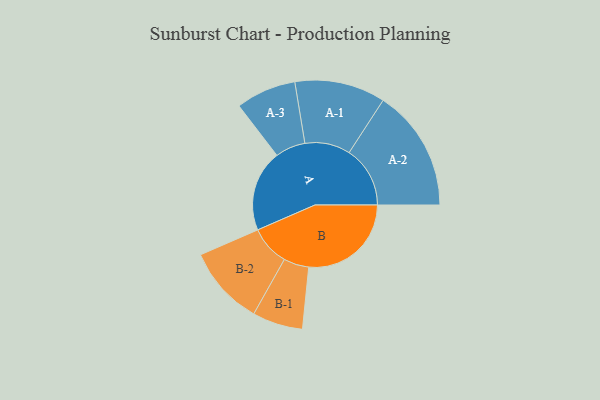
{"axis": {"x": "Segment", "y": "Value"}, "legend": ["", "A", "B"], "data": [{"x": "A", "y": 380, "type": ""}, {"x": "B", "y": 479, "type": ""}, {"x": "A-1", "y": 212, "type": "A"}, {"x": "A-2", "y": 285, "type": "A"}, {"x": "A-3", "y": 141, "type": "A"}, {"x": "B-1", "y": 118, "type": "B"}, {"x": "B-2", "y": 186, "type": "B"}]}